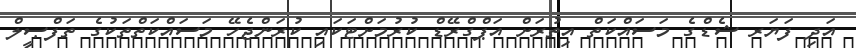
އަދި ފަޔަރ ޝެޑްގެ މަސައްކަތް އިތުރަށް އަޕްގްރޭޑް ކުރުމަށްޓަކައި ކުރަންޖެހޭ މަސައްކަތްތަކުގެ ތަފްޞީލް